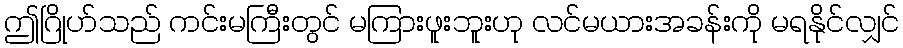
ဤဂြိုဟ်သည် ကင်းမကြီးတွင် မကြားဖူးဘူးဟု လင်မယားအခန်းကို မရနိုင်လျှင်